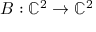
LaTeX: B : \mathbb { C } ^ { 2 } \to \mathbb { C } ^ { 2 }